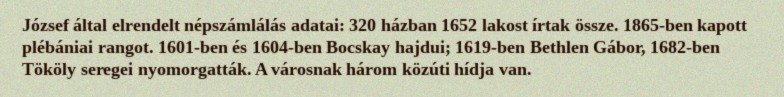
József által elrendelt népszámlálás adatai: 320 házban 1652 lakost írtak össze. 1865-ben kapott plébániai rangot. 1601-ben és 1604-ben Bocskay hajdui; 1619-ben Bethlen Gábor, 1682-ben Tököly seregei nyomorgatták. A városnak három közúti hídja van.